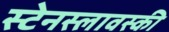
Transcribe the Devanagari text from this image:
स्टेनस्लावस्की